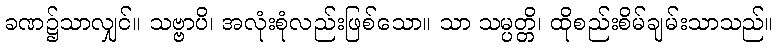
ခဏ၌သာလျှင်။ သဗ္ဗာပိ၊ အလုံးစုံလည်းဖြစ်သော။ သာ သမ္ပတ္တိ၊ ထိုစည်းစိမ်ချမ်းသာသည်။